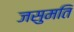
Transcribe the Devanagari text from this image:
जसुमति